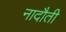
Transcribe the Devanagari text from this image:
नादौती